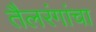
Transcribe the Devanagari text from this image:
तैलरंगांचा